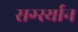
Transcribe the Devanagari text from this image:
सर्ग्स्यान